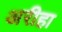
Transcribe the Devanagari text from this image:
अरीहा